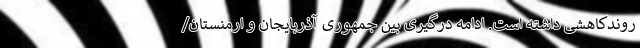
روندکاهشی داشته است. ادامه درگیری بین جمهوری آذربایجان و ارمنستان/